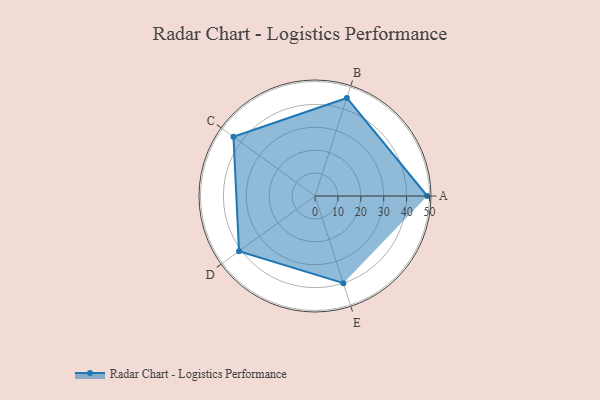
{"axis": {"x": "Skill", "y": "Score"}, "legend": ["Profile"], "data": [{"x": "A", "y": 49.0, "type": "Profile"}, {"x": "B", "y": 45.0, "type": "Profile"}, {"x": "C", "y": 44.0, "type": "Profile"}, {"x": "D", "y": 41.0, "type": "Profile"}, {"x": "E", "y": 40.0, "type": "Profile"}]}